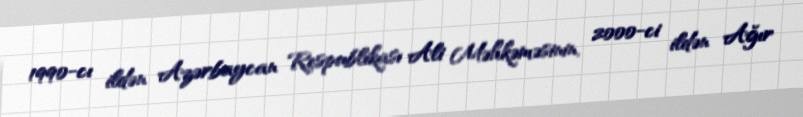
1990-cı ildən Azərbaycan Respublikası Ali Məhkəməsinin, 2000-ci ildən Ağır